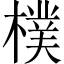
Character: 樸